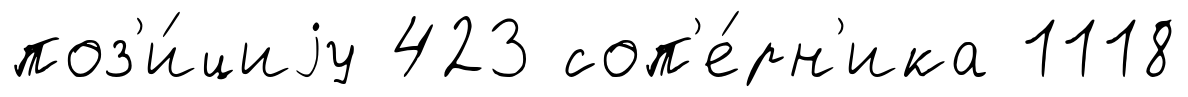
поз'и́циjу 423 соп'е́рн'ика 1118